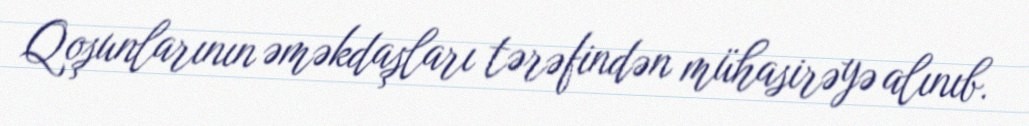
Qoşunlarının əməkdaşları tərəfindən mühasirəyə alınıb.